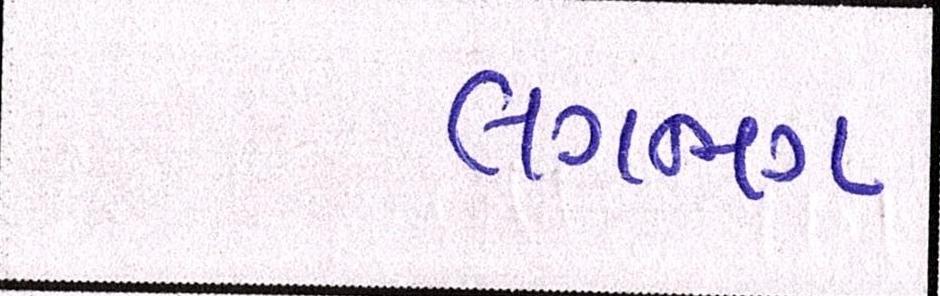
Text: લગભગ